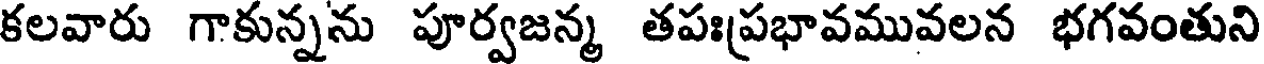
కలవారు గాకున్నను పూర్వజన్మ తపఃప్రభావమువలన భగవంతుని